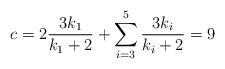
LaTeX: \begin{align*}c= 2\frac{3k_1}{k_1+2} + \sum_{i=3}^5 \frac{3k_i}{k_i+2} = 9\end{align*}